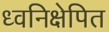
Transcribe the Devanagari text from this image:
ध्वनिक्षेपित